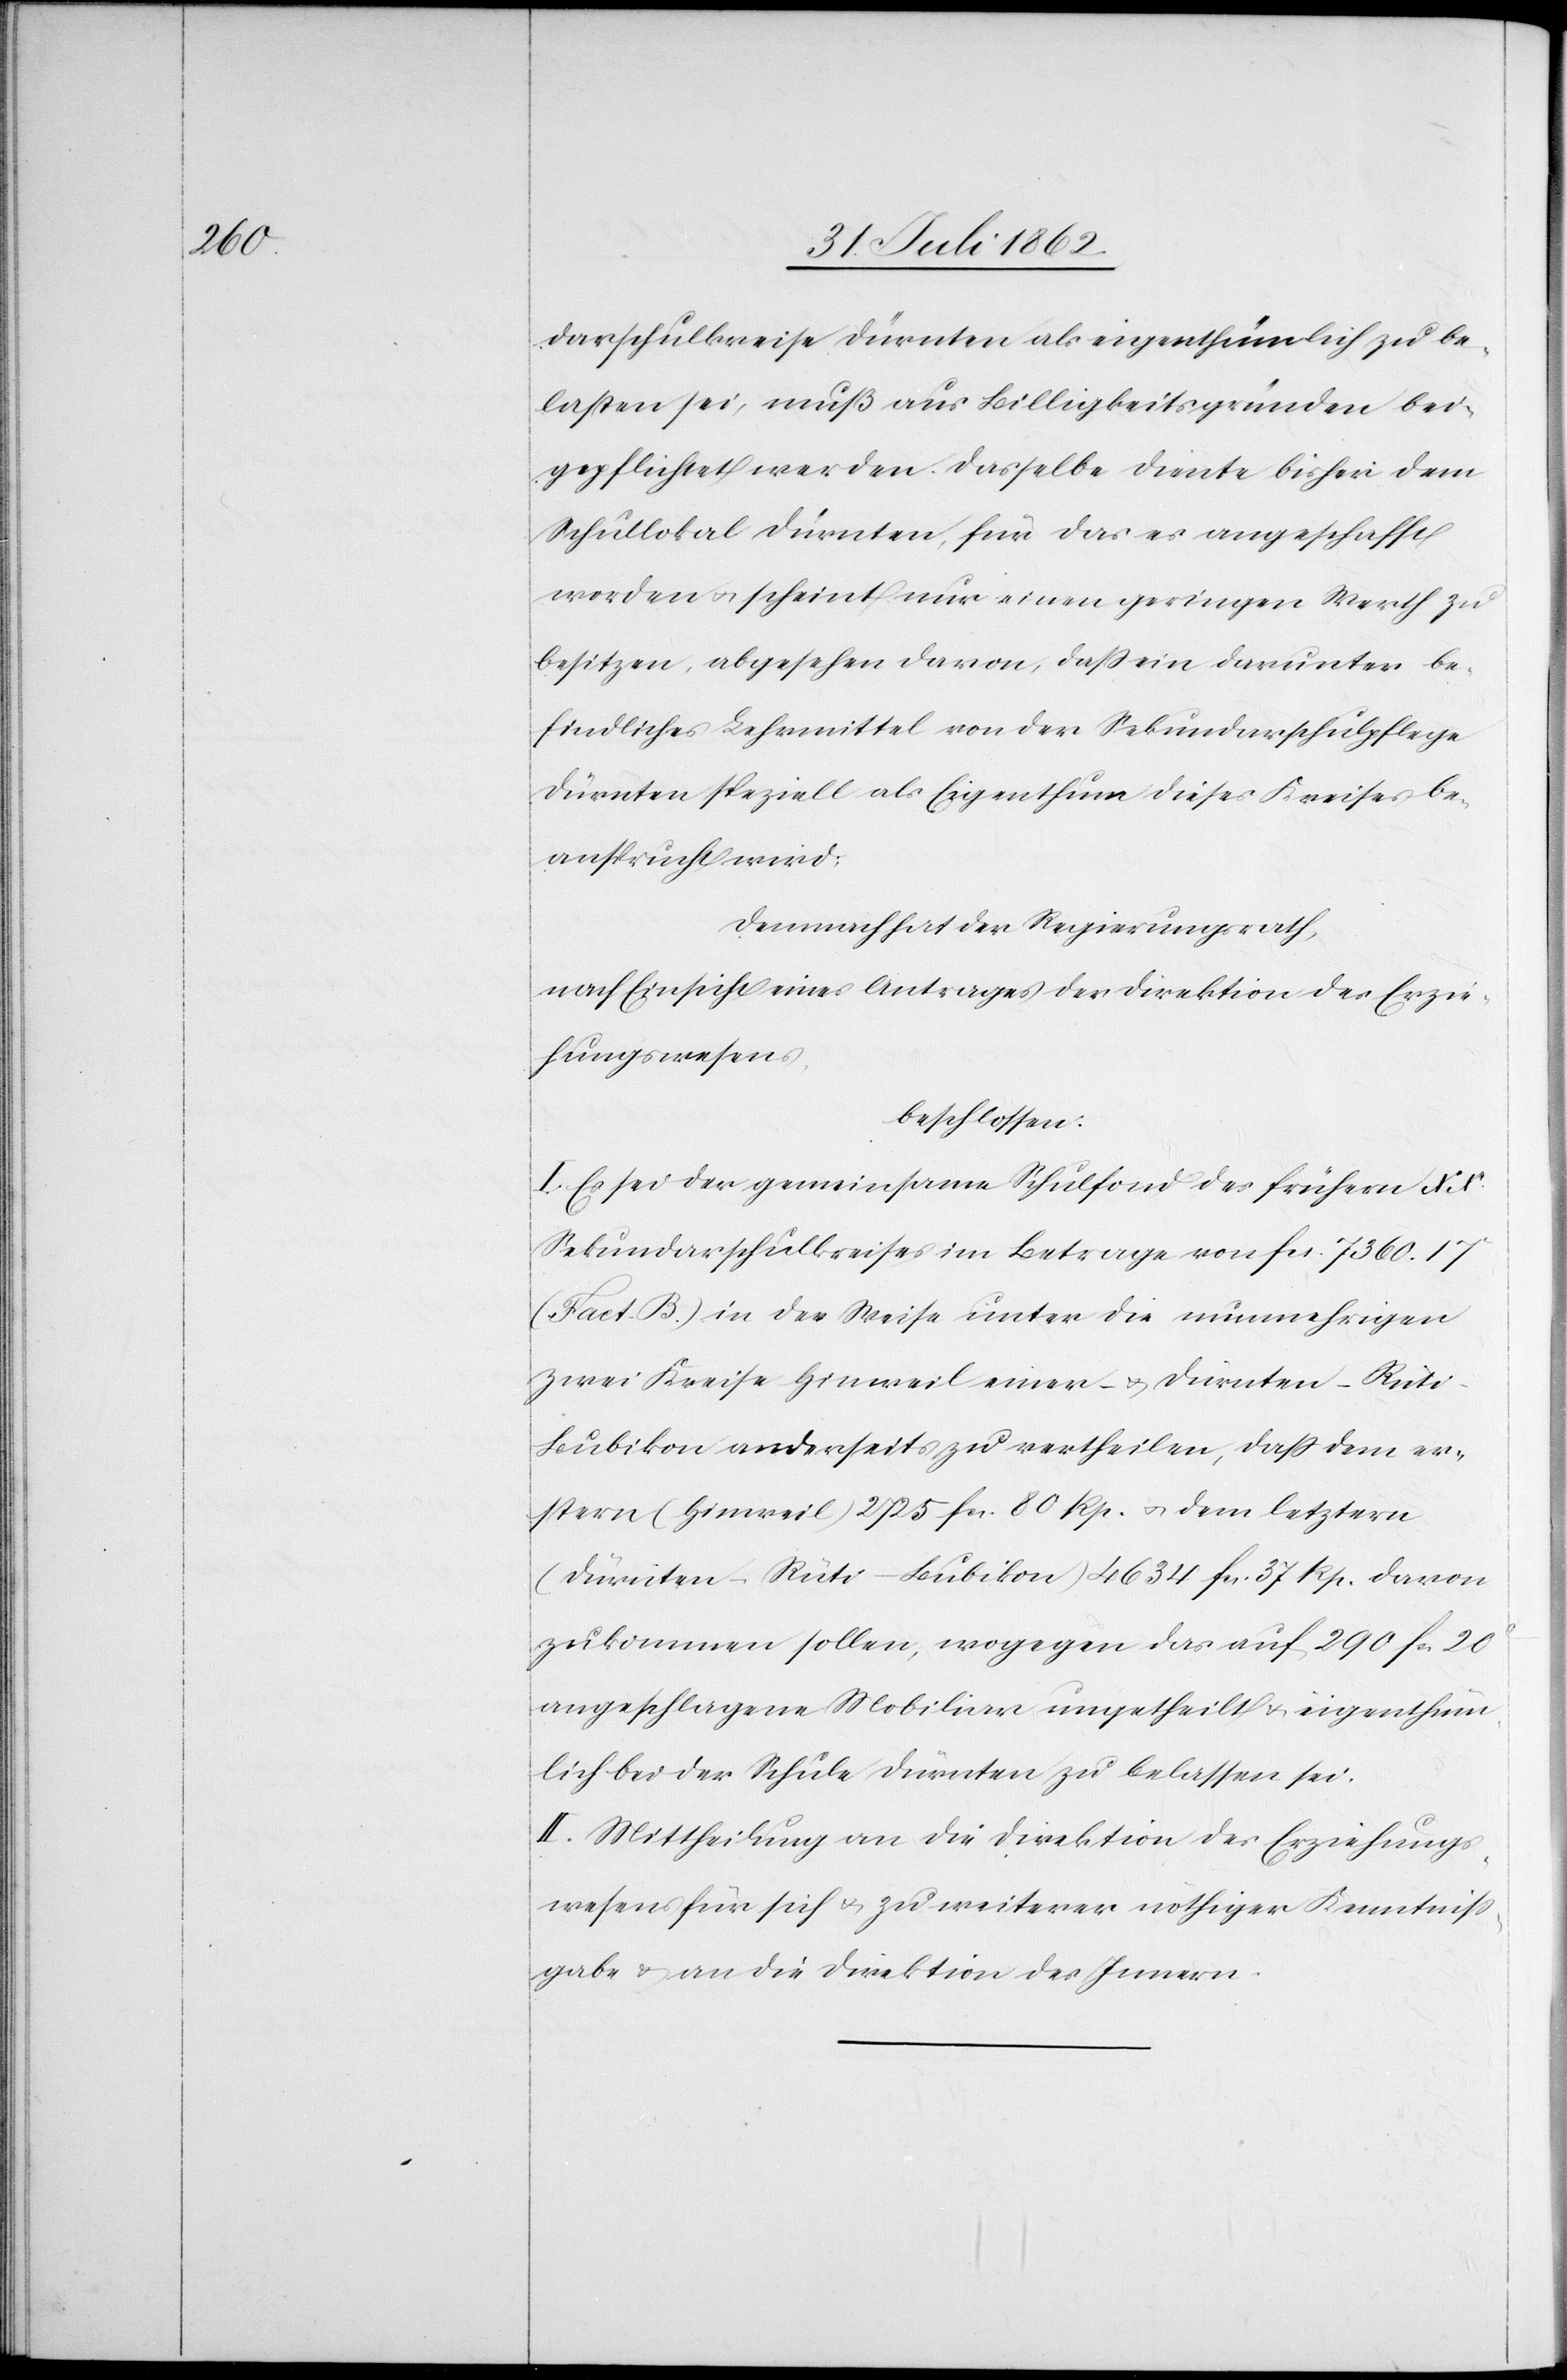
darschulkreise Dürnten als eigenthümlich zu be¬
lasten sei, muß aus Billigkeitsgründen bei¬
gepflichtet werden. Dasselbe diente bisher dem
Schullokal Dürnten, für das es angeschafft
worden u. scheint nur einen geringen Werth zu
besitzen, abgesehen davon, daß ein darunter be¬
findliches Lehrmittel von der Sekundarschulpflege
Dürnten speziell als Eigenthum dieses Kreises be¬
ansprucht wird.
Demnach hat der Regierungsrath,
nach Einsicht eines Antrages der Direktion des Erzie¬
hungswesens,
beschlossen:
I. Es sei der gemeinsame Schulfond des frühern XXt
Sekundarschulkreises im Betrage von fcs. 7360. 17c
(Fact. B.) in der Weise unter die nunmehrigen
zwei Kreise Hinweil einer- u. Dürnten-Rüt¬
i-Bubikon anderseits zu vertheilen, daß dem er¬
stern (Hinweil) 2725 fcs. 80 Rp. u. dem letztern
(Dürnten-Rüti-Bubikon) 4634 fcs. 37 Rp. davon
zukommen sollen, wogegen das auf 290 fcs. 20c
angeschlagene Mobiliar ungeteilt u. eigenthüm¬
lich bei der Schule Dürnten zu belassen sei.
II. Mittheilung an die Direktion des Erziehungs¬
wesens für sich u. zu weiterer nöthiger Kenntniß¬
gabe u. an die Direktion des Innern.